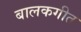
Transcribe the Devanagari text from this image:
बालकगीत